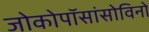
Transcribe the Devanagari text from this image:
जोकोपॉसांसोविनो